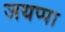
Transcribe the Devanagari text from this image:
जयप्पा